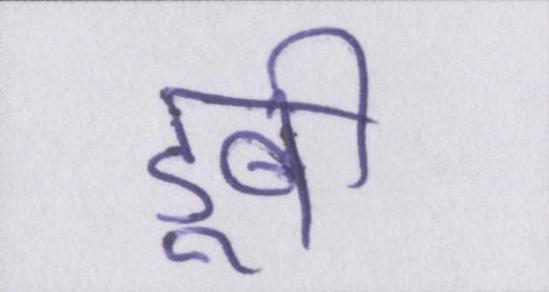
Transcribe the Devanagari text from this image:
डूबी